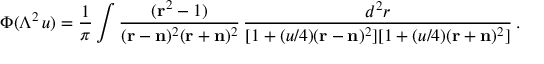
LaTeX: \Phi ( \Lambda ^ { 2 } \, u ) = { \frac { 1 } { \pi } } \int { \frac { ( { \bf r } ^ { 2 } - 1 ) } { ( { \bf r } - { \bf n } ) ^ { 2 } ( { \bf r } + { \bf n } ) ^ { 2 } } } \, { \frac { d ^ { 2 } r } { [ 1 + ( u / 4 ) ( { \bf r } - { \bf n } ) ^ { 2 } ] [ 1 + ( u / 4 ) ( { \bf r } + { \bf n } ) ^ { 2 } ] } } \, .